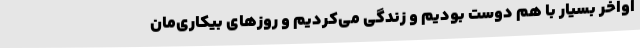
اواخر بسیار با هم دوست بودیم و زندگی می‌کردیم و روزهای بیکاری‌مان